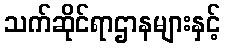
သက်ဆိုင်ရာဌာနများနှင့်